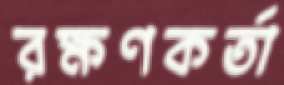
রক্ষণকর্তা